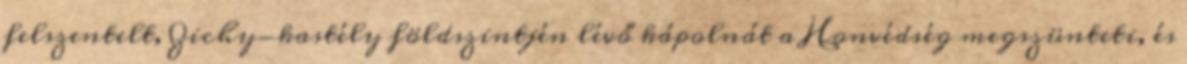
felszentelt, Zichy-kastély földszintjén lévő kápolnát a Honvédség megszünteti, és